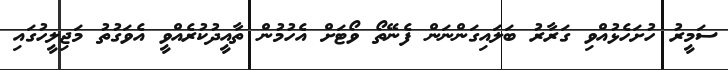
ސަމީރު ހުށަހެޅުއްވި ގަރާރު ބަލައިގަންނަން ފެނޭތޯ ވޯޓަށް އެހުމުން ތާއީދުކުރެއްވީ އެވަގުތު މަޖިލީހުގައި